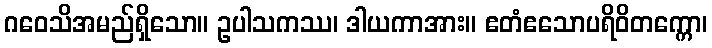
ဂဝေသိအမည်ရှိသော။ ဥပါသကဿ၊ ဒါယကာအား။ ဧတံဧသောပရိဝိတက္ကော၊